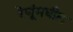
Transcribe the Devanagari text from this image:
रेणूंमधील